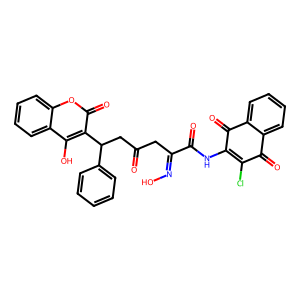
SMILES: O=C(CC(=NO)C(=O)NC1=C(Cl)C(=O)c2ccccc2C1=O)CC(c1ccccc1)c1c(O)c2ccccc2oc1=O
Inhibits HIV replication: No